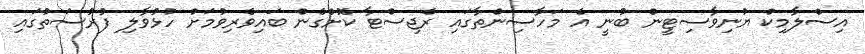
އިސްލާމިކް ޔުނިވާސިޓީން ބުނީ އެ މަހާސިންތާގައި ރެޖިސްޓާ ކޮށްގެން ބައިވެރިވުމަށް ހުޅުވާލި ފުރުސަތުގައި